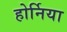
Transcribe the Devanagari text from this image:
होर्निया